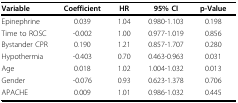
<table><thead><tr><td><b>Variable</b></td><td><b>Coefficient</b></td><td><b>HR</b></td><td><b>95% CI</b></td><td><b>p-Value</b></td></tr></thead><tbody><tr><td>Epinephrine</td><td>0.039</td><td>1.04</td><td>0.980-1.103</td><td>0.198</td></tr><tr><td>Time to ROSC</td><td>-0.002</td><td>1.00</td><td>0.977-1.019</td><td>0.856</td></tr><tr><td>Bystander CPR</td><td>0.190</td><td>1.21</td><td>0.857-1.707</td><td>0.280</td></tr><tr><td>Hypothermia</td><td>-0.403</td><td>0.70</td><td>0.463-0.963</td><td>0.031</td></tr><tr><td>Age</td><td>0.018</td><td>1.02</td><td>1.004-1.032</td><td>0.013</td></tr><tr><td>Gender</td><td>-0.076</td><td>0.93</td><td>0.623-1.378</td><td>0.706</td></tr><tr><td>APACHE</td><td>0.009</td><td>1.01</td><td>0.986-1.032</td><td>0.445</td></tr></tbody></table>